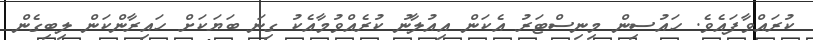
ކުރައްވާފައެވެ. ހައުސިން މިނިސްޓަރު އެކަން އިއުލާނު ކުރެއްވުމާއެކު ގިނަ ބަޔަކަށް ހައިރާންކަން ލިބިގެން